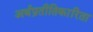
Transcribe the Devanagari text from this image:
अर्थप्रतीतिकारिता